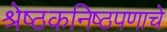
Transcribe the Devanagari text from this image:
श्रेष्ठकनिष्ठपणाचे